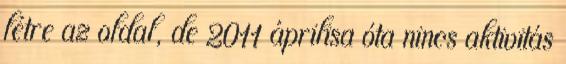
létre az oldal, de 2011 áprilisa óta nincs aktivitás